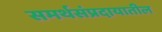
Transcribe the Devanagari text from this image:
समर्थसंप्रदायातील